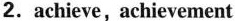
2.achieve, achievement